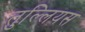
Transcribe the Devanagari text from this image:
तुल्लियस